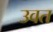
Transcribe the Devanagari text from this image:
उवत